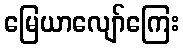
မြေယာလျော်ကြေး